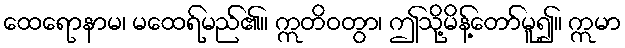
ထေရောနာမ၊ မထေရ်မည်၏။ ဣတိဝတွာ၊ ဤသို့မိန့်တော်မူ၍။ ဣမာ